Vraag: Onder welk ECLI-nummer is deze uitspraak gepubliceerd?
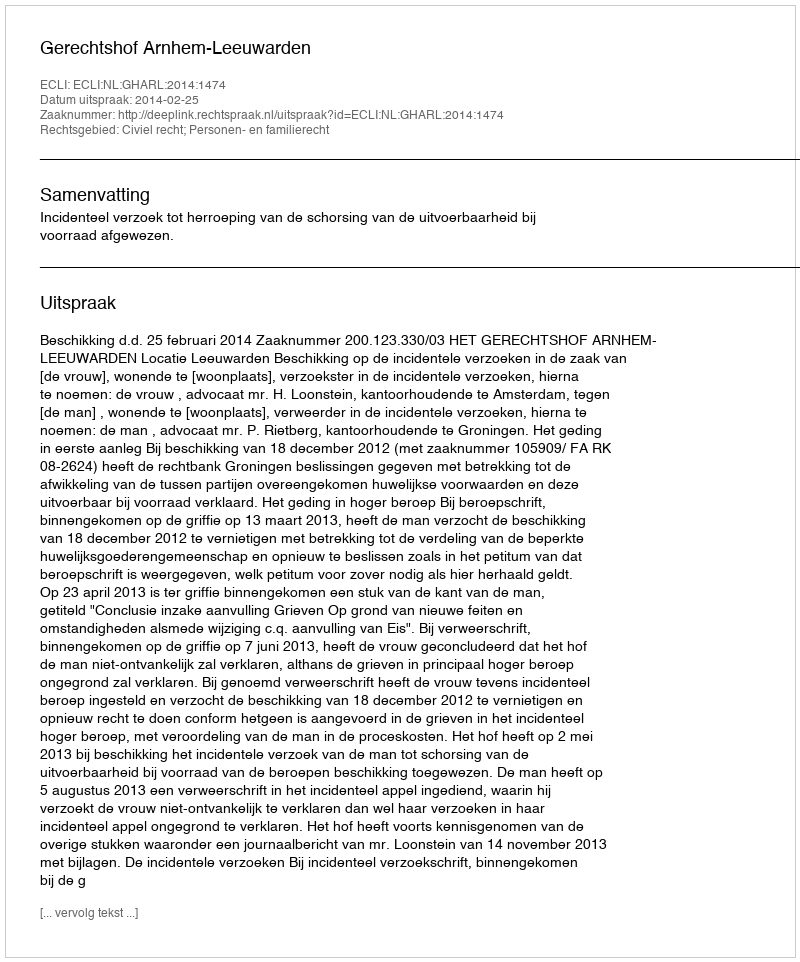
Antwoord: ECLI:NL:GHARL:2014:1474